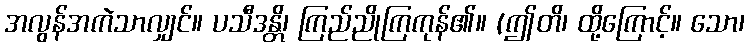
အလွန်အကဲသာလျှင်။ ပသီဒန္တိ၊ ကြည်ညိုကြကုန်၏။ (ဤတိ၊ ထို့ကြောင့်။ သော၊